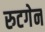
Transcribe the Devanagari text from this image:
रुटगेन